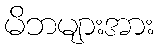
မိဘများအား